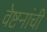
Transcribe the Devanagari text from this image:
वेष्टनांची